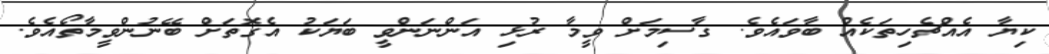
ކިޔާ އެއްޗެހިތަކެއް ބާވައެވެ. ގާސިމަށް ވީމާ ރުޅި އަންނަންވީ ބަޔަކު އެގޮތަށް ބޭނުންވީމާތޯއެވެ.